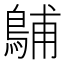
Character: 𪁭